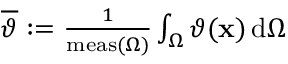
\begin{array} { r } { \overline { { \vartheta } } : = \frac { 1 } { \mathrm { m e a s } ( \Omega ) } \int _ { \Omega } \vartheta ( \mathbf { x } ) \, \mathrm { d } \Omega } \end{array}